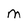
Character: m